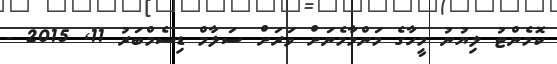
ކޮމެންޓު ލިޔުނު މީހާގެ މަންމާމެނަށް ވަރަށް ސަލާމް ޑިސެމްބަރު 11